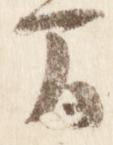
間